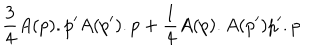
\frac { 3 } { 4 } A ( p ) . p ^ { \prime } A ( p ^ { \prime } ) . p + \frac { 1 } { 4 } A ( p ) . A ( p ^ { \prime } ) p ^ { \prime } . p